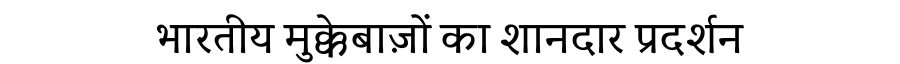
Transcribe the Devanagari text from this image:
भारतीय मुक्केबाज़ों का शानदार प्रदर्शन